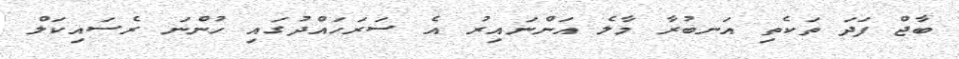
ބާޖް ފަދަ ތަކެތި އަނބުރާ މާލެ އަންނައިރު އެ ސަރަހައްދުގައި ހުންނަ ރެސައިކަލް